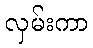
လှမ်းကာ